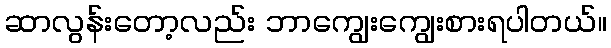
ဆာလွန်းတော့လည်း ဘာကျွေးကျွေးစားရပါတယ်။